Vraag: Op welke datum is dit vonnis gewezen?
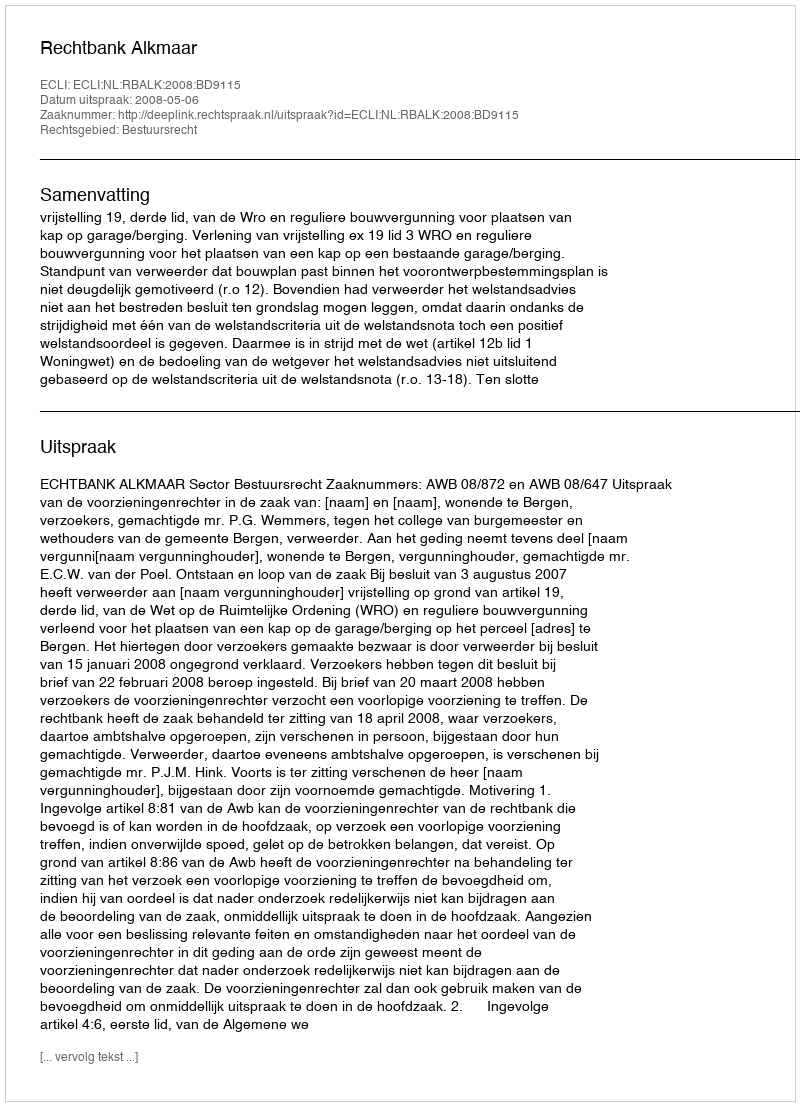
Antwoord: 2008-05-06